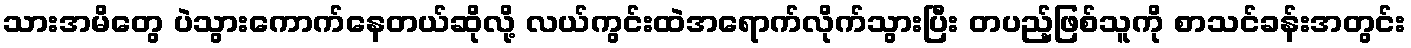
သားအမိတွေ ပဲသွားကောက်နေတယ်ဆိုလို့ လယ်ကွင်းထဲအရောက်လိုက်သွားပြီး တပည့်ဖြစ်သူကို စာသင်ခန်းအတွင်း